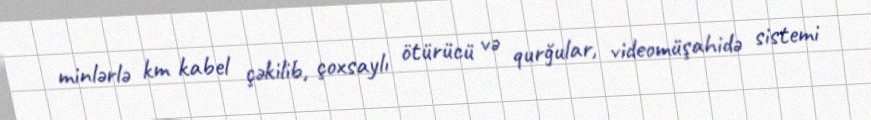
minlərlə km kabel çəkilib, çoxsaylı ötürücü və qurğular, videomüşahidə sistemi